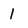
Character: I